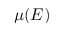
\mu ( E )